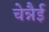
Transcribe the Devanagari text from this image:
चेन्नैई